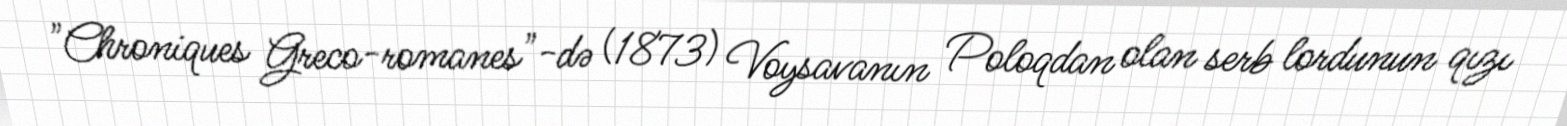
"Chroniques Greco-romanes"-də (1873) Voysavanın Poloqdan olan serb lordunun qızı